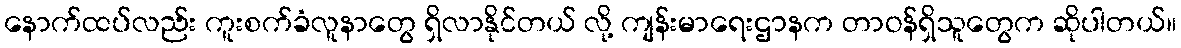
နောက်ထပ်လည်း ကူးစက်ခံလူနာတွေ ရှိလာနိုင်တယ် လို့ ကျန်းမာရေးဌာနက တာဝန်ရှိသူတွေက ဆိုပါတယ်။